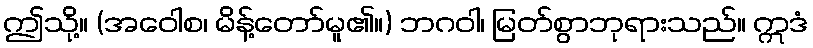
ဤသို့။ (အဝေါစ၊ မိန့်တော်မူ၏။) ဘဂဝါ၊ မြတ်စွာဘုရားသည်။ ဣဒံ